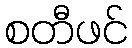
စတီဖင်